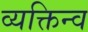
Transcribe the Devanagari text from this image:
व्यक्तिन्व